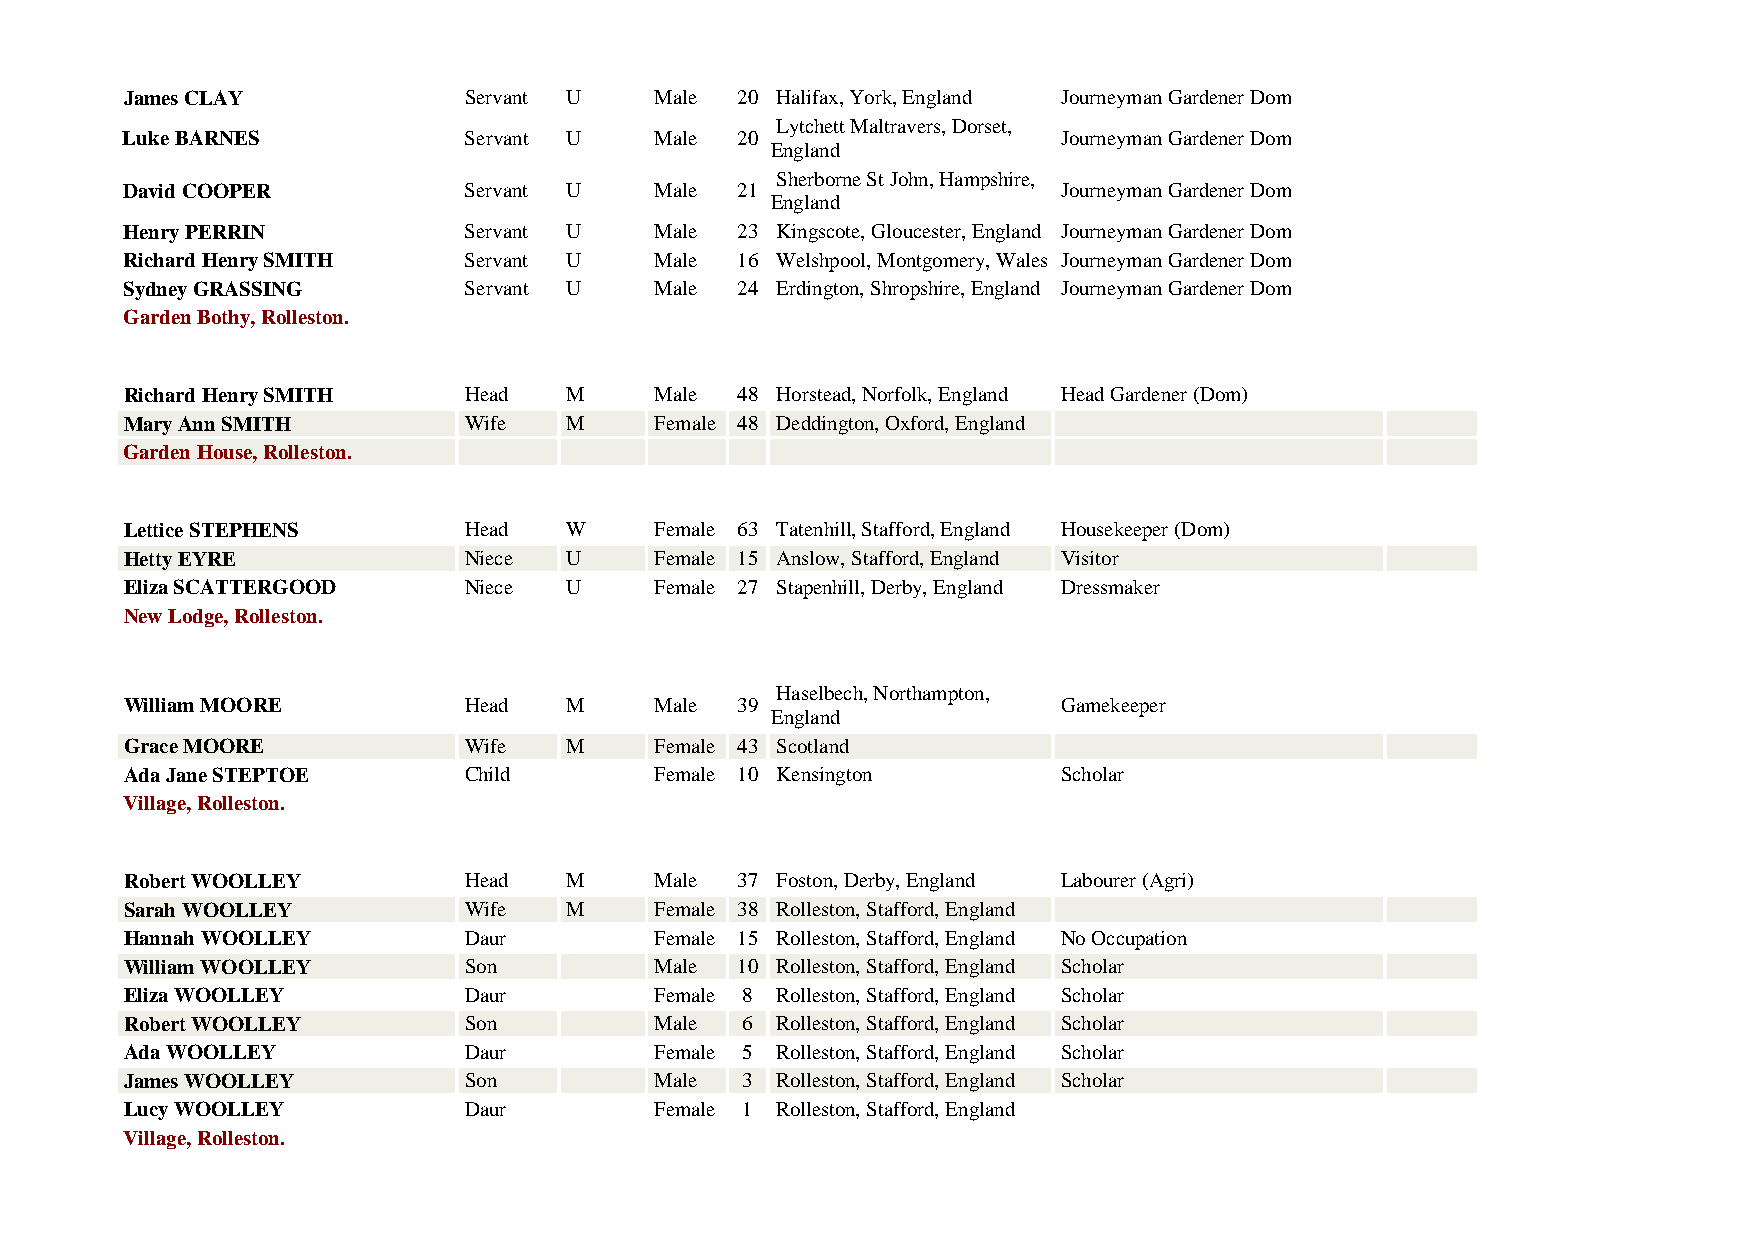
James CLAY             Servant U   Male  20 Halifax, York, England Journeyman Gardener Dom
 Lytchett Maltravers, Dorset,
 Luke BARNES            Servant U   Male  20                   Journeyman Gardener Dom
 England
 Sherborne St John, Hampshire,
 David COOPER           Servant U   Male  21                   Journeyman Gardener Dom
 England
 Henry PERRIN           Servant U   Male  23 Kingscote, Gloucester, England Journeyman Gardener Dom
 Richard Henry SMITH    Servant U   Male  16 Welshpool, Montgomery, Wales Journeyman Gardener Dom
 Sydney GRASSING        Servant U   Male  24 Erdington, Shropshire, England Journeyman Gardener Dom
 Garden Bothy, Rolleston.
 Richard Henry SMITH    Head  M     Male  48 Horstead, Norfolk, England Head Gardener (Dom)
 Mary Ann SMITH         Wife  M     Female 48 Deddington, Oxford, England
 Garden House, Rolleston.
 Lettice STEPHENS       Head  W     Female 63 Tatenhill, Stafford, England Housekeeper (Dom)
 Hetty EYRE             Niece U     Female 15 Anslow, Stafford, England Visitor
 Eliza SCATTERGOOD      Niece U     Female 27 Stapenhill, Derby, England Dressmaker
 New Lodge, Rolleston.
 Haselbech, Northampton,
 William MOORE          Head  M     Male  39                   Gamekeeper
 England
 Grace MOORE            Wife  M     Female 43 Scotland
 Ada Jane STEPTOE       Child       Female 10 Kensington       Scholar
 Village, Rolleston.
 Robert WOOLLEY         Head  M     Male  37 Foston, Derby, England Labourer (Agri)
 Sarah WOOLLEY          Wife  M     Female 38 Rolleston, Stafford, England
 Hannah WOOLLEY         Daur        Female 15 Rolleston, Stafford, England No Occupation
 William WOOLLEY        Son         Male  10 Rolleston, Stafford, England Scholar
 Eliza WOOLLEY          Daur        Female 8 Rolleston, Stafford, England Scholar
 Robert WOOLLEY         Son         Male  6 Rolleston, Stafford, England Scholar
 Ada WOOLLEY            Daur        Female 5 Rolleston, Stafford, England Scholar
 James WOOLLEY          Son         Male  3 Rolleston, Stafford, England Scholar
 Lucy WOOLLEY           Daur        Female 1 Rolleston, Stafford, England
 Village, Rolleston.